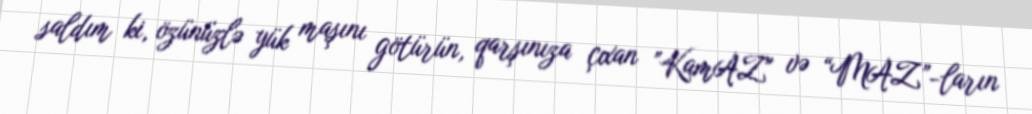
saldım ki, özünüzlə yük maşını götürün, qarşınıza çıxan ”KamAZ" və “MAZ”-ların